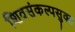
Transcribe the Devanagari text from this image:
शिवसंकल्पसुक्त